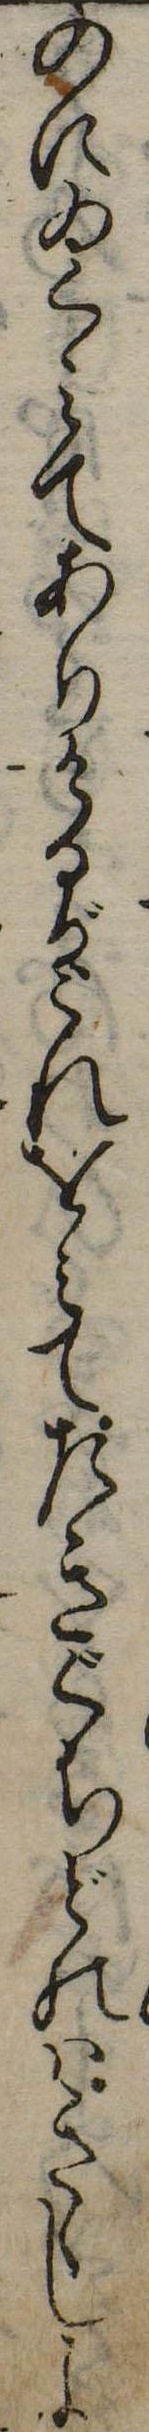
のにゐくみてありけるがこれをみてたきぐちどのはきゝしよ